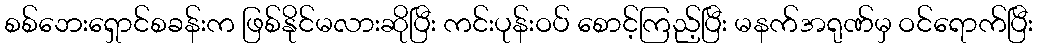
စစ်ဘေးရှောင်စခန်းက ဖြစ်နိုင်မလားဆိုပြီး ကင်းပုန်းဝပ် စောင့်ကြည့်ပြီး မနက်အရုဏ်မှ ဝင်ရောက်ပြီး